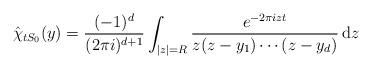
LaTeX: \begin{align*}\hat{\chi}_{tS_0} (y) = \frac{(-1)^d}{(2 \pi i)^{d+1}} \int_{|z|=R} \frac{e^{-2 \pi i z t}}{z (z-y_1) \cdots (z-y_d)} \, \mathrm{d}z\end{align*}